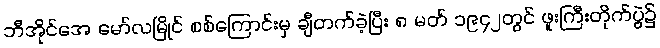
ဘီအိုင်အေ မော်လမြိုင် စစ်ကြောင်းမှ ချီတက်ခဲ့ပြီး ၈ မတ် ၁၉၄၂တွင် ဖူးကြီးတိုက်ပွဲ၌